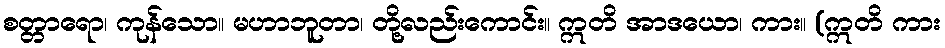
စတ္တာရော၊ ကုန်သော။ မဟာဘူတာ၊ တို့လည်းကောင်း။ ဣတိ အာဒယော၊ ကား။ (ဣတိ ကား